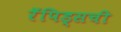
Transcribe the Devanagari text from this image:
रॅपिड्सची